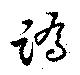
蹻